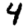
Digit: 4